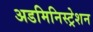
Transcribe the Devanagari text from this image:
अडमिनिस्ट्रेशन